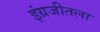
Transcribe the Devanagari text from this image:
इंग्रजीतला